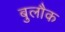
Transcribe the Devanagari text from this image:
बुलौक